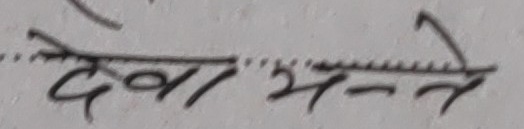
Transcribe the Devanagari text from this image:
देवा मन्ने